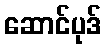
ဆောင်ပုဒ်